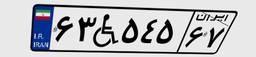
۶۳W۵۴۵۶۷